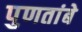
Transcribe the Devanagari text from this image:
पुणतांबे